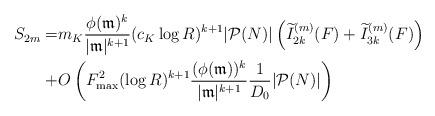
LaTeX: \begin{align*}S_{2m}=& m_K\frac{\phi(\mathfrak{m})^k}{|\mathfrak{m}|^{k+1}}(c_K\log R)^{k+1} |\mathcal{P}(N)|\left(\widetilde{I}_{2k}^{(m)}(F)+\widetilde{I}_{3k}^{(m)}(F)\right)\\ +& O\left(F_{\max}^2(\log R)^{k+1}\frac{(\phi(\mathfrak{m}))^{k}}{|\mathfrak{m}|^{k+1}}\frac{1}{D_0} |\mathcal{P}(N)|\right)\end{align*}